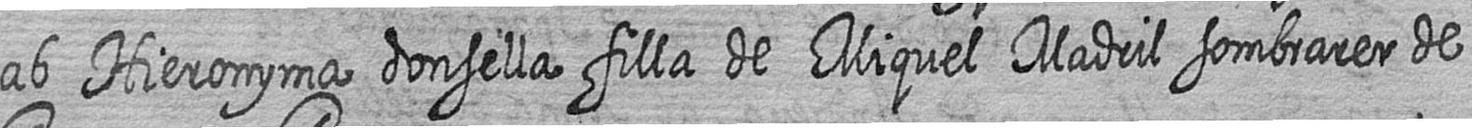
ab Hieronyma donsella filla de Miquel Madril sombrarer de